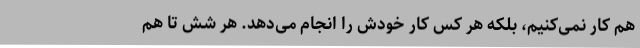
هم کار نمی‌کنیم، بلکه هر کس کار خودش را انجام می‌دهد. هر شش تا هم